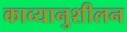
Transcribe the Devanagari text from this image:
काव्यानुशीलन